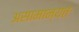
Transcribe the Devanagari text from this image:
असामान्यतः